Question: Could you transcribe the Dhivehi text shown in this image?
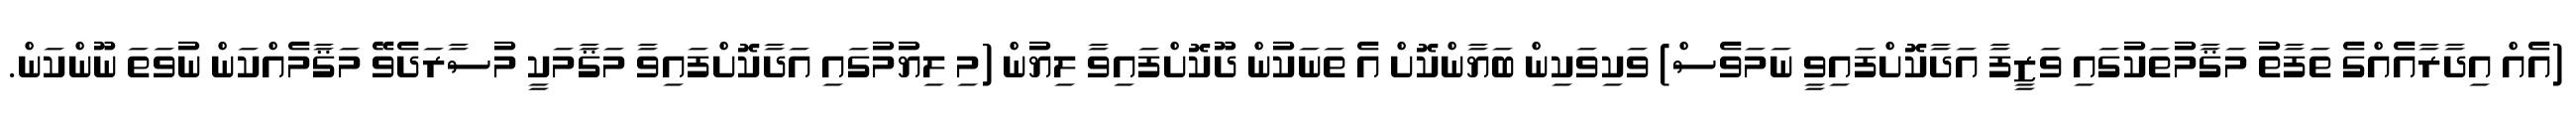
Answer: (އެއް އިދާރާއެއްގެ ތަފާތު މަޤާމުތަކުގައި ވަޒީފާ އަދާކޮށްފައިވީ ނަމަވެސް) ވަކިވަކިން ބަޔާންކޮށް އެ ތަނަކުން ދޫކޮށްފައިވާ ލިޔުން (މި ލިޔުމުގައި އަދާކޮށްފައިވާ މަޤާމަކީ މުސާރަދެވޭ މަޤާމެއްކަން ނުވަތަ ނޫންކަން.